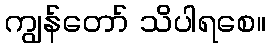
ကျွန်တော် သိပါရစေ။